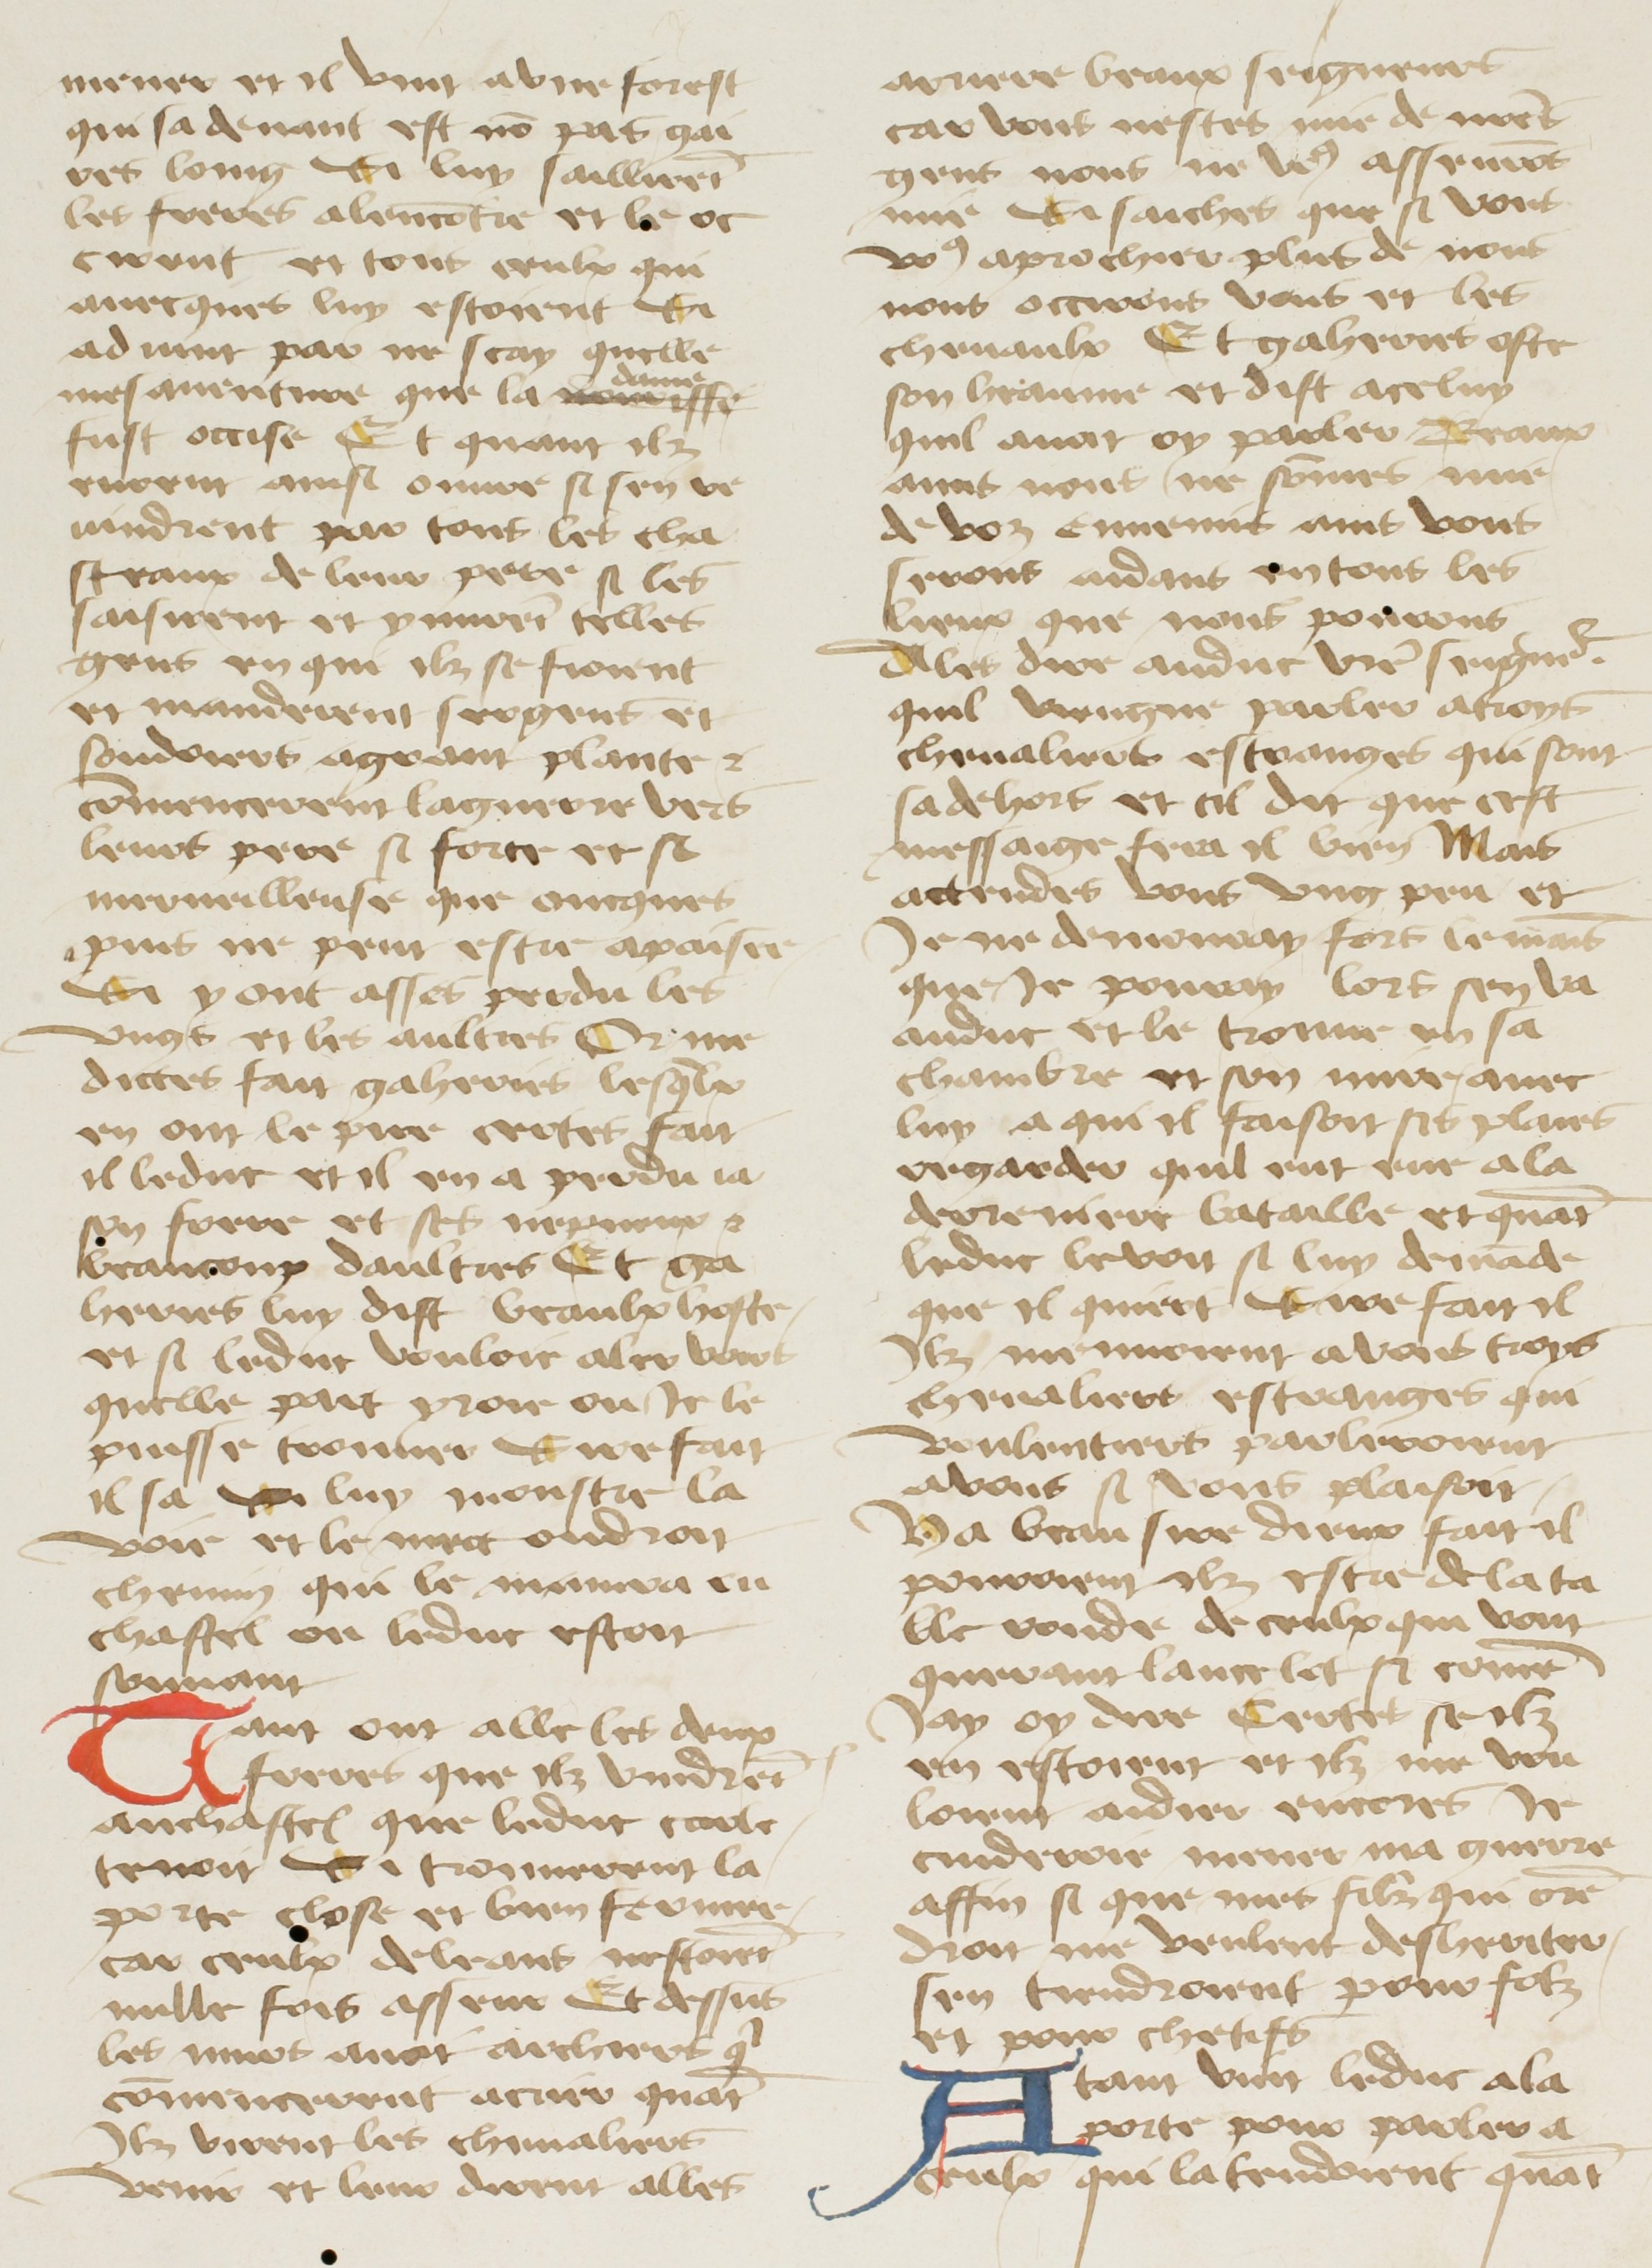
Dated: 1400–1499